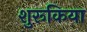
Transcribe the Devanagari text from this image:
शुरूकिया